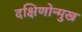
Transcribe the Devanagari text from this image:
दक्षिणोन्मुख